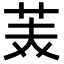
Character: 𮎪